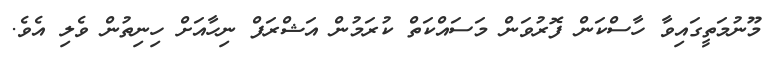
މޫނުމަތީގައިވާ ހާސްކަން ފޮރުވަން މަސައްކަތް ކުރަމުން އަޝްރަފް ނިހާއަށް ހިނިތުން ވެލި އެވެ.